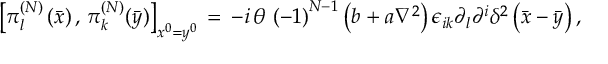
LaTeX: \left[ \pi _ { l } ^ { \left( N \right) } \left( \bar { x } \right) , \, \pi _ { k } ^ { \left( N \right) } ( \bar { y } ) \right] _ { x ^ { 0 } = y ^ { 0 } } \, = \, - i \, \theta \, \left( - 1 \right) ^ { N - 1 } \left( b + a \nabla ^ { 2 } \right) \epsilon _ { i k } \partial _ { l } \partial ^ { i } \delta ^ { 2 } \left( \bar { x } - \bar { y } \right) ,